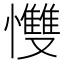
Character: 𢥠